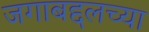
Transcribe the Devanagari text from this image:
जगाबद्दलच्या